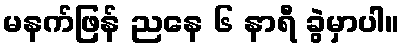
မနက်ဖြန် ညနေ ၆ နာရီ ခွဲမှာပါ။